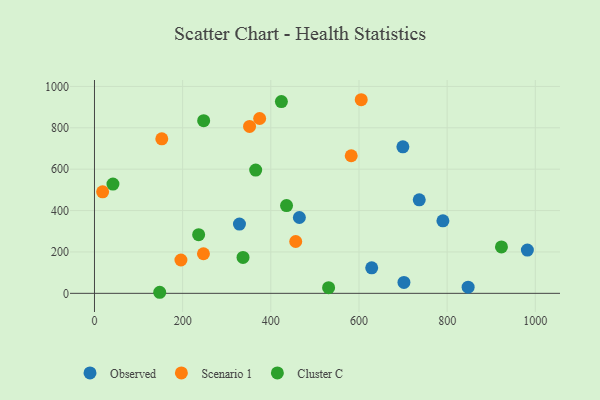
{"axis": {"x": "Engine Size", "y": "Demand"}, "legend": ["Cluster C", "Observed", "Scenario 1"], "data": [{"x": "628.9", "y": 123.2, "type": "Observed"}, {"x": "699.6", "y": 708.0, "type": "Observed"}, {"x": "464.8", "y": 366.6, "type": "Observed"}, {"x": "847.6", "y": 29.9, "type": "Observed"}, {"x": "702.0", "y": 52.9, "type": "Observed"}, {"x": "982.0", "y": 209.1, "type": "Observed"}, {"x": "736.7", "y": 451.7, "type": "Observed"}, {"x": "328.9", "y": 334.6, "type": "Observed"}, {"x": "790.4", "y": 350.5, "type": "Observed"}, {"x": "351.8", "y": 806.5, "type": "Scenario 1"}, {"x": "582.4", "y": 665.0, "type": "Scenario 1"}, {"x": "18.5", "y": 490.5, "type": "Scenario 1"}, {"x": "456.5", "y": 250.6, "type": "Scenario 1"}, {"x": "196.1", "y": 161.1, "type": "Scenario 1"}, {"x": "152.7", "y": 746.8, "type": "Scenario 1"}, {"x": "247.2", "y": 191.2, "type": "Scenario 1"}, {"x": "605.1", "y": 935.7, "type": "Scenario 1"}, {"x": "374.7", "y": 845.0, "type": "Scenario 1"}, {"x": "41.9", "y": 527.9, "type": "Cluster C"}, {"x": "923.2", "y": 224.1, "type": "Cluster C"}, {"x": "531.1", "y": 27.1, "type": "Cluster C"}, {"x": "236.3", "y": 283.3, "type": "Cluster C"}, {"x": "247.7", "y": 834.4, "type": "Cluster C"}, {"x": "148.0", "y": 5.1, "type": "Cluster C"}, {"x": "365.7", "y": 595.5, "type": "Cluster C"}, {"x": "424.0", "y": 926.7, "type": "Cluster C"}, {"x": "337.0", "y": 173.6, "type": "Cluster C"}, {"x": "435.7", "y": 424.1, "type": "Cluster C"}]}